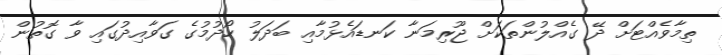
ތިމާވެއްޓަށް ދޭ ގެއްލުންތަކަށް ޖޫރިމަނާ ކަނޑައެޅުމާއި ބަދަލު ހޯދުމުގެ ގަވާއިދުގައި ވާ ގޮތުން